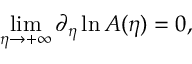
\operatorname* { l i m } _ { \eta \to + \infty } \partial _ { \eta } \ln A ( \eta ) = 0 ,